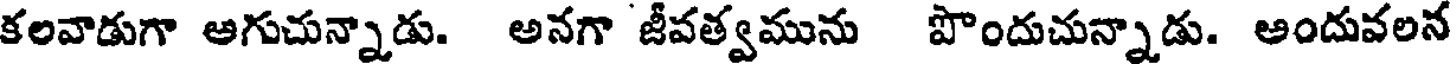
కలవాడుగా అగుచున్నాడు. అనగా జీవత్వమును పొందుచున్నాడు. అందువలన